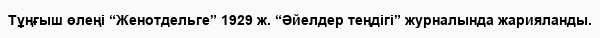
Тұңғыш өлеңі “Женотдельге” 1929 ж. “Әйелдер теңдігі” журналында жарияланды.